Insane asylums in Bengal annual reports 1876-1887 - 1876-1887
Year: 1876
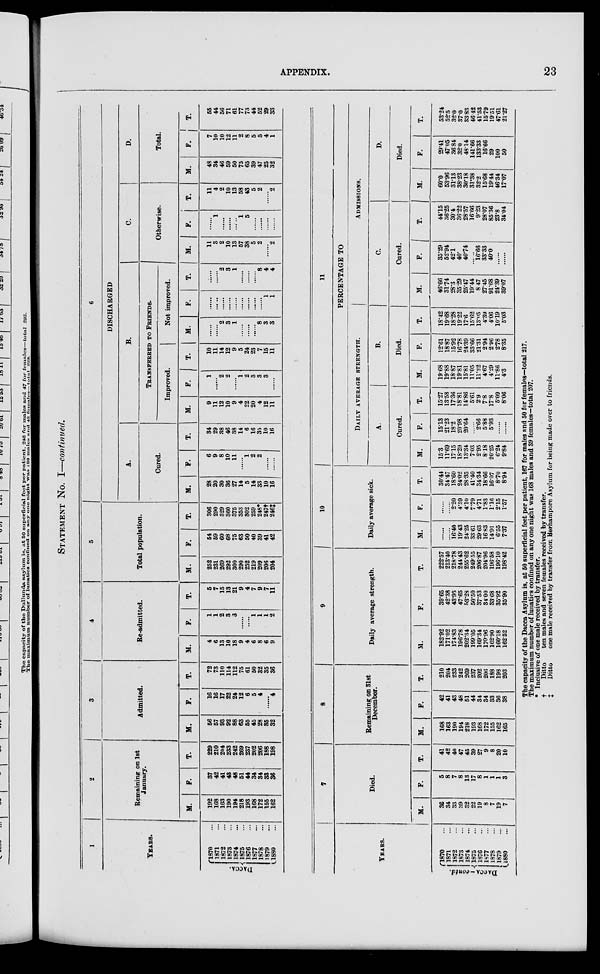
APPENDIX.
23
STATEMENT No. I—continued.
1
YEARS.
DACCA.
1870 ...
1871 ...
1872 ...
1873 ...
1874 ...
1875 ...
1876 ...
1877 ...
1878 ...
1879 ...
1880 ...
2
Remaining on 1st
January.
M.
192
168
163
190
194
218
193
168
172
155
162
F.
37
42
41
43
48
51
44
34
34
33
36
T.
229
210
204
233
242
269
237
202
206
188
198
3
Admitted.
M.
56
57
93
92
88
63
55
45
28
35
32
F.
16
16
17
22
24
12
6
5
4
......
4
T.
72
73
110
114
112
75
61
50
32
35
36
4
Re-admitted.
M.
4
6
13
10
18
9
4
6
8
6
9
F.
1
1
2
3
3
......
......
1
1
1
2
T.
5
7
15
13
21
9
4
7
9
7
11
5
Total population.
M.
252
231
269
292
300
290
252
219
209
206
204
F.
54
59
60
68
75
63
50
40
39
41
42
T.
306
290
329
360
375
353
302
259
248*
247†
246‡
6
DISCHARGED
A.
Cured.
M.
28
20
30
36
27
14
5
14
33
10
16
F.
6
9
8
10
11
......
1
2
2
......
......
T.
34
29
38
46
38
14
6
16
35
10
16
B.
TRANSFERRED TO FRIENDS.
Improved.
M.
9
11
12
10
9
4
22
20
4
12
11
F.
1
......
2
2
......
1
2
3
3
3
......
T.
10
11
14
12
9
5
24
23
7
15
11
Not improved.
M.
......
......
2
3
1
......
......
......
8
3
3
F.
......
... ..
......
......
......
......
......
......
......
1
1
T.
......
......
2
3
1
......
......
......
8
4
4
C.
Otherwise.
M.
11
3
2
10
13
57
38
5
2
......
2
F.
......
1
......
......
......
1
5
......
......
......
......
T.
11
4
2
10
13
58
43
5
2
......
2
D.
Total.
M.
48
34
46
59
50
75
65
39
47
25
32
F.
7
10
10
12
11
2
8
5
5
4
1
T.
55
44
56
71
61
77
73
44
52
29
33
YEARS.
DACCA-contd.
l870 ...
1871 ...
1872 ...
1873 ...
1874 ...
1875 ...
1876 ...
1877 ...
1878 ...
1879 ...
1880 ...
7
Died.
M.
36
34
33
39
32
22
19
8
7
19
7
F.
5
8
7
8
13
17
8
1
1
1
3
T.
41
42
40
47
45
39
27
9
8
20
10
8
Remaining on 31st
December.
M.
168
163
190
194
218
193
168
172
155
162
165
F.
42
41
43
48
51
44
34
34
33
36
38
T.
210
204
233
242
269
237
202
206
188
198
203
9
Daily average strength.
M.
182.92
171.02
174.83
196.78
202.34
199.05
169.34
170.96
162.90
160.18
162.52
F.
39.65
42.38
43.95
47.65
53.28
50.50
37.53
34.00
33.68
35.92
35.90
T.
222.57
213.40
218.78
244.43
255.62
249.55
206.87
204.96
196.58
196.10
198.42
10
Daily average sick.
M.
......
......
16.40
19.43
24.25
33.61
29.63
16.83
14.91
6.55
7.37
F.
......
......
2.20
4.59
4.10
7.79
4.71
1.83
1.16
2.15
1.57
T.
30.44
34.47
18.60
24.02
28.35
41.40
34.34
18.66
16.07
8.70
8.94
11
PERCENTAGE TO
DAILY AVERAGE STRENGTH.
A.
Cured.
M.
15.3
11.69
17.15
18.29
13.34
7.03
2.95
8.18
20.25
6.24
9.84
F.
15.13
21.23
18.2
20.98
20.64
......
2.66
5.88
5.93
......
......
T.
15.27
13.58
17.36
18.81
14.86
5.61
2.9
7.8
17.8
5.09
8.06
B.
Died.
M.
19.68
19.88
18.87
19.81
15.81
11.05
11.22
4.67
4.29
11.86
4.3
F.
12.61
18.87
15.92
16.78
24.39
33.66
21.31
2.94
2.96
2.78
8.35
T.
18.42
19.68
18.28
19.22
17.6
15.62
13.05
4.39
4.06
10.19
5.03
ADMISSIONS.
C.
Cured.
M.
46.66
31.74
28.3
35.29
25.47
19.44
8.47
27.45
91.68
24.39
39.07
F.
35.29
52.94
42.1
40.
40.74
......
16.66
33.33
40.0
......
......
T.
44.15
36.25
30.4
36.22
28.57
16.66
9.23
28.07
85.36
23.8
34.04
D.
Died.
M.
60.0
53.96
31.13
38.23
30.18
31.38
32.2
15.68
19.44
46.34
17.07
F.
29.41
47.05
36.84
32.0
48.14
141.66
133.33
16.66
29
100
50
T.
53.24
52.5
32.0
37.0
33.83
46.42
41.53
15.79
19.51
47.61
21.27
The capacity of the Dacca Asylum is, at 50 superficial feet per patient, 167 for males and 50 for females—total 217.
The maximum number of lunatics confined on any one night was 168 males and 39 females—total 207.
* Inclusive of one male received by transfer.
†
Ditto
ten males and seven females received by transfer.
‡
Ditto
one male received by transfer from Berhampore Asylum for being made over to friends.